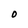
Character: O